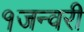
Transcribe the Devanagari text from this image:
१जन्वरी